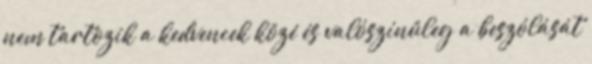
nem tartozik a kedvencek közé és valószínűleg a beszólását